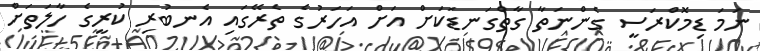
ނަމަ ޑިމޮކްރަސީ ގެންނަތާ ގާތްގަނޑަކަށް އަށް އަހަރުގެ ތެރޭގައި އެނބުރި ކުރީގެ ހާލަތަށް